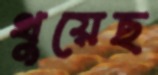
থুয়েছ